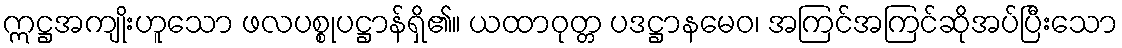
ဣဋ္ဌအကျိုးဟူသော ဖလပစ္စုပဋ္ဌာန်ရှိ၏။ ယထာဝုတ္တ ပဒဋ္ဌာနမေဝ၊ အကြင်အကြင်ဆိုအပ်ပြီးသော